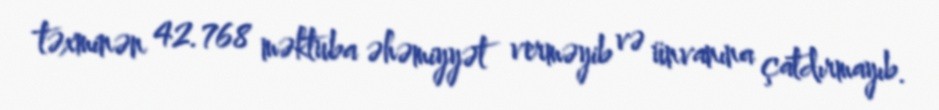
təxminən 42.768 məktuba əhəmiyyət verməyib və ünvanına çatdırmayıb.